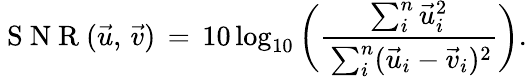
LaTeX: \mathrm{~S~N~R~}(\vec{u},\, \vec{v})\, =\, 10\log_{10}\bigg(\frac{\sum_{i}^{n}\vec{u}_{i}^{2}}{{\, \sum_{i}^{n}(\vec{u}_{i}-{\vec{v}}_{i})^{2}}}\bigg).